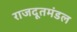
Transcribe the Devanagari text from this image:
राजदूतमंडल